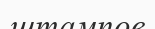
штампов